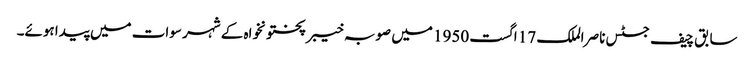
سابق چیف جسٹس ناصر الملک 17 اگست 1950 میں صوبہ خیبر پختونخواہ کے شہر سوات میں پیدا ہوئے۔